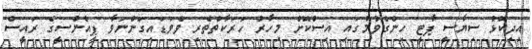
އިދިކޮޅު ސިޔާސީ ޕާޓީ ހިންގެވުމުގައި އިސްކޮށް މިހާރު ހަރަކާތްތެރި ވެވަޑައިގަންނަވާ ޕީއެންސީގެ ރައީސް